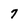
Character: 7